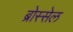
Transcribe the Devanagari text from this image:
ब्रोस्सेल